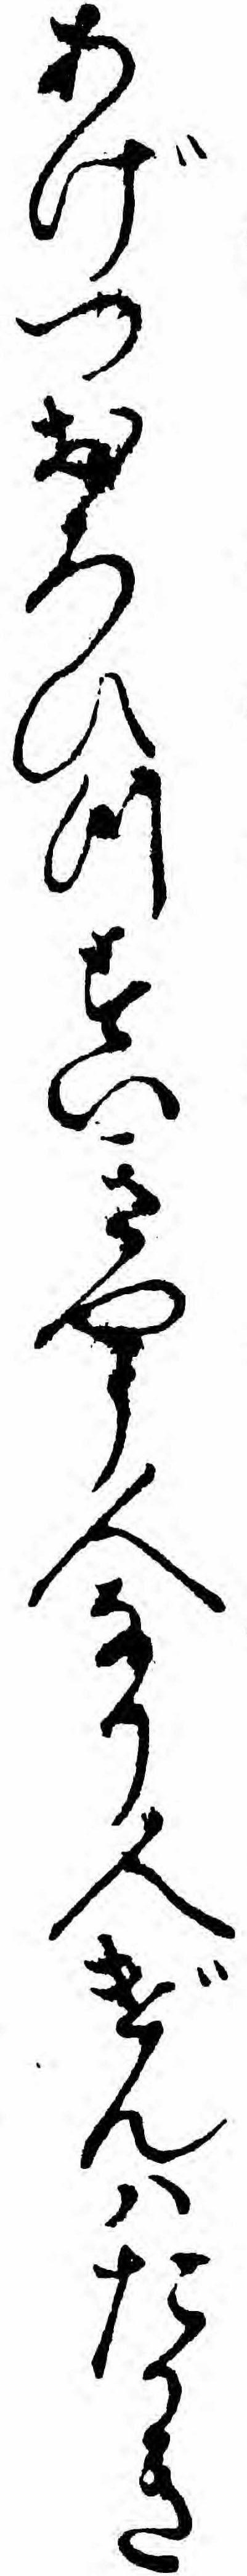
あげつおろひつすいきやう人なり人げんハたかき